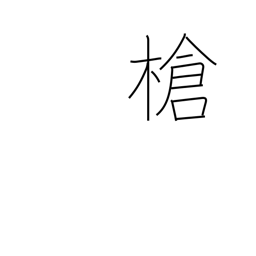
Meaning: javelin